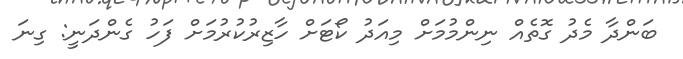
ބަންދާ މެދު ގޮތެއް ނިންމުމަށް މިއަދު ކޯޓަށް ހާޒިރުކުރުމަށް ފަހު ގެންދަނީ: ގިނަ